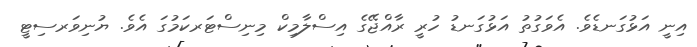
އިނީ އަޅުގަނޑެވެ. އެވަގުތު އަޅުގަނޑު ހުރީ ރާއްޖޭގެ އިސްލާމިކް މިނިސްޓަރކަމުގަ އެވެ. ޔުނިވަރސިޓީ